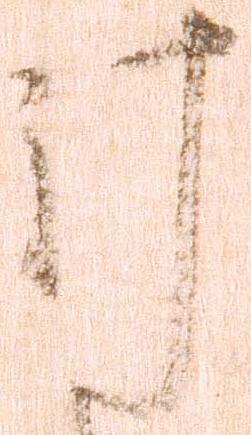
計